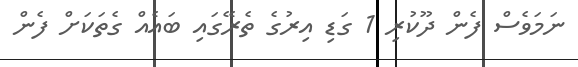
ނަމަވެސް ފެން ދޫކުރި 1 ގަޑި އިރުގެ ތެރޭގައި ބައެއް ގެތަކަށް ފެން